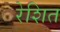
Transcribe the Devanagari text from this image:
रेशित